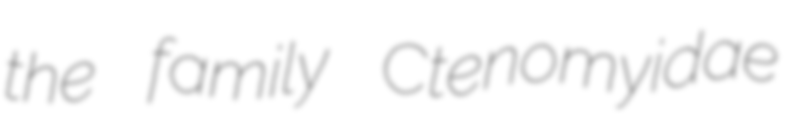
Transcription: the family Ctenomyidae